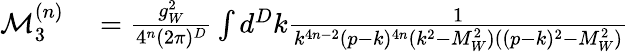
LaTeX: \begin{array}{rl}{\mathcal{M}_{3}^{(n)}}&{{}=\frac{g_{W}^{2}}{4^{n}(2\pi)^{D}}\int d^{D}k\frac{1}{k^{4n-2}(p-k)^{4n}(k^{2}-M_{W}^{2})((p-k)^{2}-M_{W}^{2})}}\end{array}